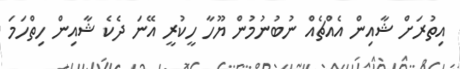
އިތުރަށް ޝާއިން އެއްޗެއް ނުބުނުމުން ޔޫހާ ހީކުރީ އޭނަ ދެކެ ޝާއިން ހިތްހަމަ